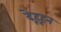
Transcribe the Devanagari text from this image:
देहूहून